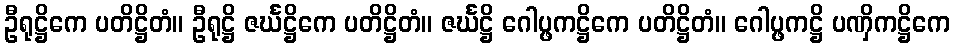
ဦရုဋ္ဌိကေ ပတိဋ္ဌိတံ။ ဦရုဋ္ဌိ ဇင်္ဃဋ္ဌိကေ ပတိဋ္ဌိတံ။ ဇင်္ဃဋ္ဌိ ဂေါပ္ဖကဋ္ဌိကေ ပတိဋ္ဌိတံ။ ဂေါပ္ဖကဋ္ဌိ ပဏှိကဋ္ဌိကေ